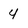
Character: 4